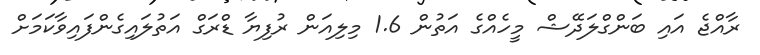
ރާއްޖެ އައި ބަންގްލަދޭޝް މީހެއްގެ އަތުން 1.6 މިލިއަން ރުފިޔާ ޑްރަގް އަތުލައިގެންފައިވާކަމަށް